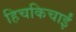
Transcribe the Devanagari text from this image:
हिचकिचाईं